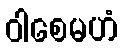
ဝါစေမဟံ